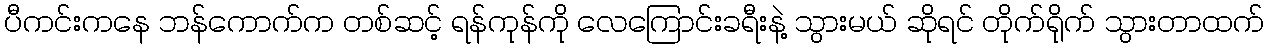
ပီကင်းကနေ ဘန်ကောက်က တစ်ဆင့် ရန်ကုန်ကို လေကြောင်းခရီးနဲ့ သွားမယ် ဆိုရင် တိုက်ရိုက် သွားတာထက်